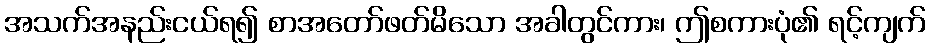
အသက်အနည်းငယ်ရ၍ စာအတော်ဖတ်မိသော အခါတွင်ကား၊ ဤစကားပုံ၏ ရင့်ကျက်